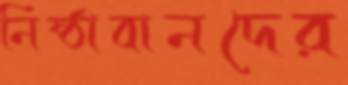
নিষ্ঠাবানদের